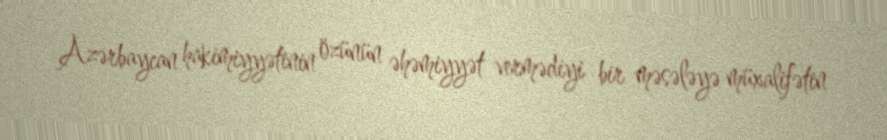
Azərbaycan hakimiyyətinin özünün əhəmiyyət vermədiyi bir məsələyə müxalifətin